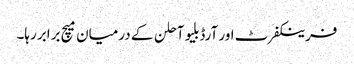
فرینکفرٹ اور آرڈبلیو آحلن کے درمیان میچ برابر رہا۔